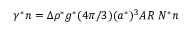
\gamma ^ { * } n = \Delta \rho ^ { * } g ^ { * } ( { 4 \pi } / { 3 } ) ( a ^ { * } ) ^ { 3 } A R ~ N ^ { * } n